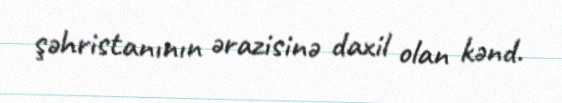
şəhristanının ərazisinə daxil olan kənd.